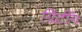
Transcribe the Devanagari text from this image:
ग्रिटींग